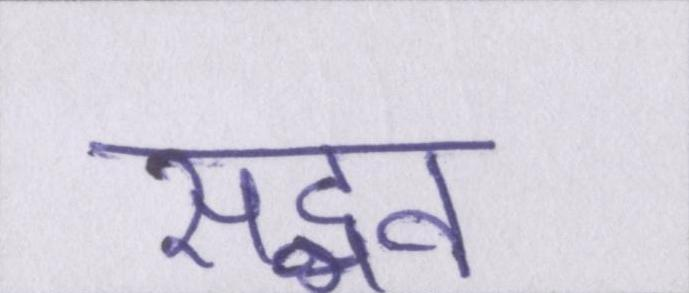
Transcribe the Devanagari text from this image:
सद्भव